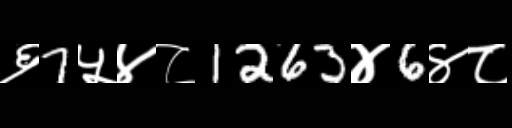
Text: ६7५४८1263४6४८